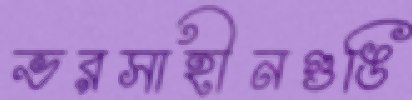
ভরসাহীনগুঙি